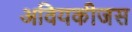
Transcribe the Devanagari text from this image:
अवियकीजस